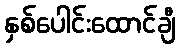
နှစ်ပေါင်းထောင်ချီ